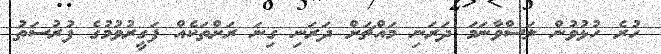
ހުރެ ހުޅުވުން ލަސްވާނަމަ ދަރަނި މައްޗަށް ދަރަނި ގިނަ ރަށްތަކެއް ފަގީރުވުމުގެ ފުރުސަތު